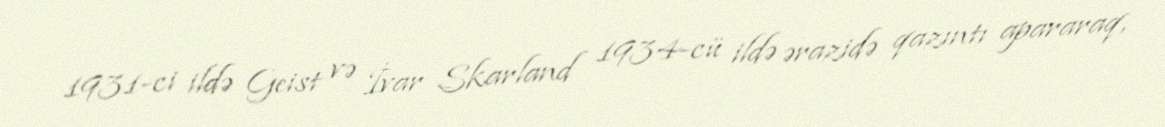
1931-ci ildə Geist və İvar Skarland 1934-cü ildə ərazidə qazıntı apararaq,